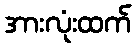
အားလုံးထက်